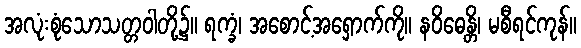
အလုံးစုံသောသတ္တဝါတို့၌။ ရက္ခံ၊ အစောင့်အရှောက်ကို။ နဝိဓေန္တိ၊ မစီရင်ကုန်။